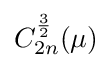
C_{2n}^{\frac {3}{2}}(\mu )